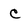
Character: c